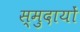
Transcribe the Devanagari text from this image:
स्मुदायों